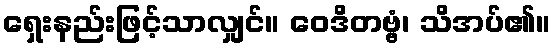
ရှေးနည်းဖြင့်သာလျှင်။ ဝေဒိတဗ္ဗံ၊ သိအပ်၏။